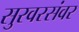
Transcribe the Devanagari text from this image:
सुरवरसंवर